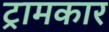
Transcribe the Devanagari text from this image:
ट्रामकार